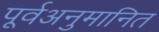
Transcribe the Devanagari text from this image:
पूर्वअनुमानित